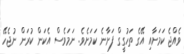
ވެއްޖެ ކަމަށާއި އޭގެ ތަހުގީގް ފަށާނެ ކަމަށެވެ. ނަމަވެސް އެކަން ކުރަން ނުޖެހޭ